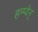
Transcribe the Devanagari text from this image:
हम्प्देन्